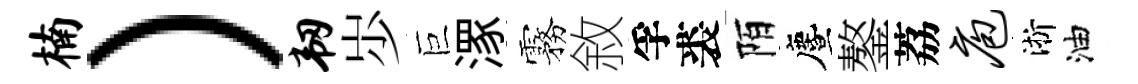
楠）韧𡵯巨潈霧敘孚裘陌󵨌鏊荔庖淅油